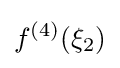
f^{(4)}(\xi _{2})